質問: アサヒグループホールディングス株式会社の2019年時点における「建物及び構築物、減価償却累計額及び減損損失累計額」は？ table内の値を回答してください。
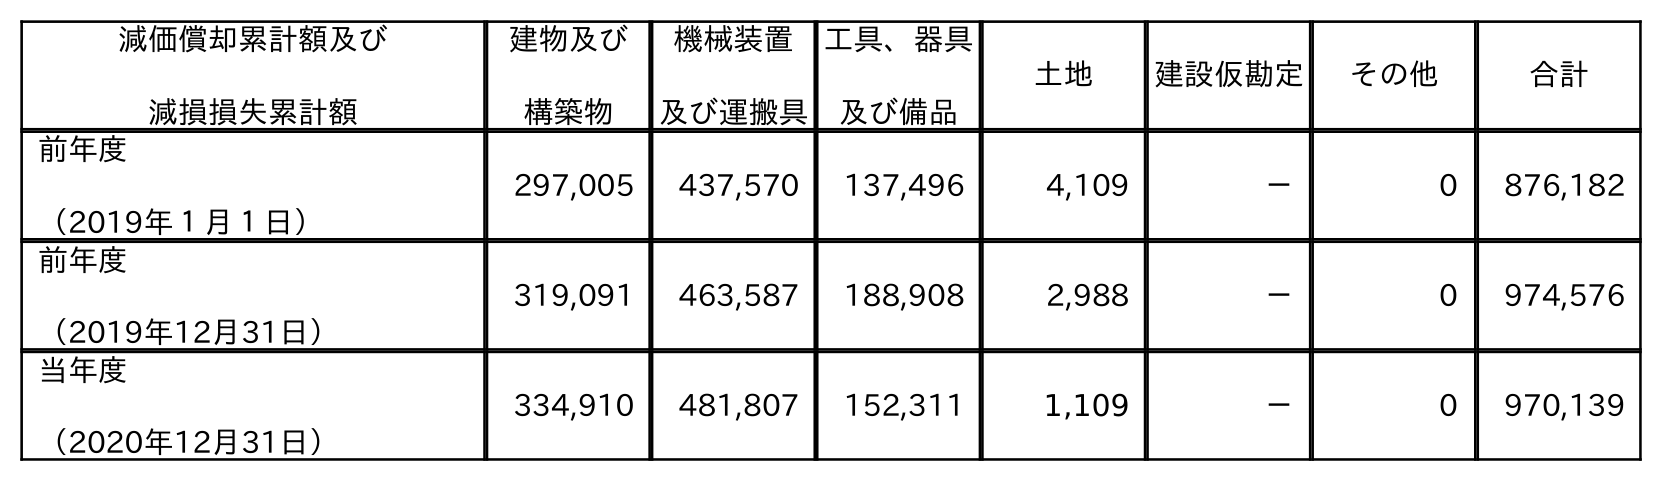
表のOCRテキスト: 減価償却累計額及び 減損損失累計額 建物及び 構築物 機械装置 及び運搬具 工具、器具 及び備品 土地 建設仮勘定 その他 合計 前年度 （2019年１月１日） 297,005 437,570 137,496 4,109 － 0 876,182 前年度 （2019年12月31日） 319,091 463,587 188,908 2,988 － 0 974,576 当年度 （2020年12月31日） 334,910 481,807 152,311 1,109 － 0 970,139
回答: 319,091